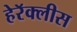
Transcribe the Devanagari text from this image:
हेरॅक्लीस